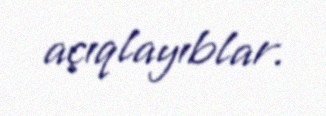
açıqlayıblar.